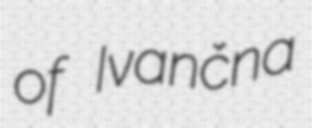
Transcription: of Ivančna